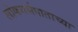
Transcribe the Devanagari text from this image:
लोकगर्भपाताच्या